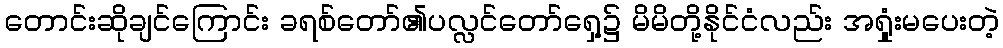
တောင်းဆိုချင်ကြောင်း ခရစ်တော်၏ပလ္လင်တော်ရှေ့၌ မိမိတို့နိုင်ငံလည်း အရှုံးမပေးတဲ့